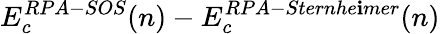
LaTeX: E_{c}^{RPA-SOS}(n)-E_{c}^{RPA-Sternhe\mathbf{i}mer}(n)